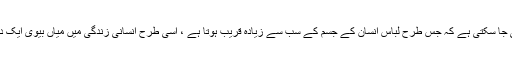
اس آیت سے ایک بات اور سمجھی جا سکتی ہے کہ جس طرح لباس انسان کے جسم کے سب سے زیادہ قریب ہوتا ہے ، اسی طرح انسانی زندگی میں میاں بیوی ایک دوسرے کے قریب ترین ہوتے ہیں۔